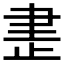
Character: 𰙨